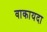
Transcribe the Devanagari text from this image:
वाकायदा